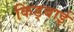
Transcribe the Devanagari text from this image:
किड्बाई